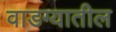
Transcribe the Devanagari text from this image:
वाडग्यातील